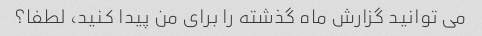
می توانید گزارش ماه گذشته را برای من پیدا کنید، لطفا؟